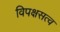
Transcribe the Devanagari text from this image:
विपक्षसत्व